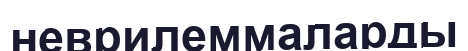
неврилеммаларды